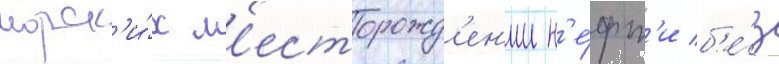
морск'и́х м'есторожд'ен'ии н'е́фт'и б'е́з